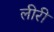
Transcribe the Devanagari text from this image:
लीरी